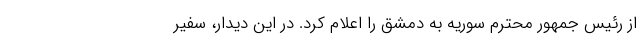
از رئیس جمهور محترم سوریه به دمشق را اعلام کرد. در این دیدار، سفیر